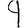
Digit: 9